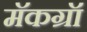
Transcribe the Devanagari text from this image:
मॅकग्रॉ